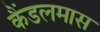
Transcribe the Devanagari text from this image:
कैंडलमास